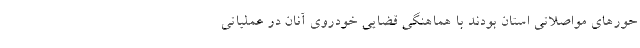
حورهای مواصلاتی استان بودند با هماهنگی قضایی خودروی آنان در عملیاتی